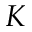
K